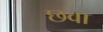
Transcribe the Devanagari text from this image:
छवा